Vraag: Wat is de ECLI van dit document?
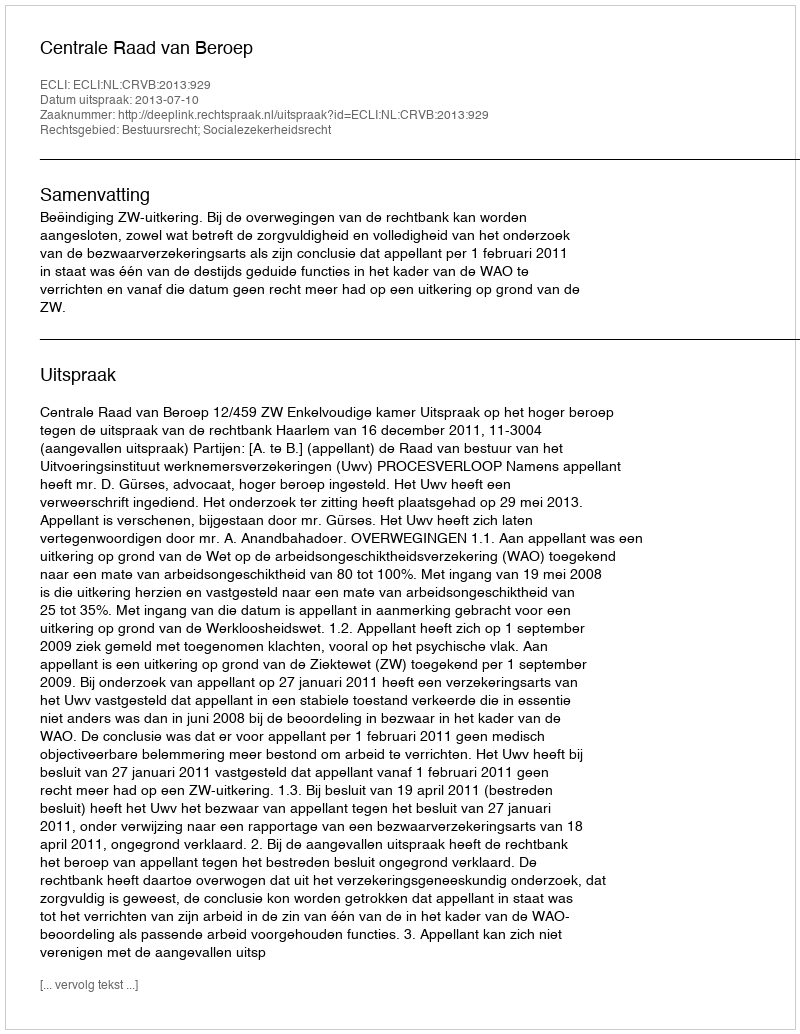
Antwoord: ECLI:NL:CRVB:2013:929